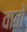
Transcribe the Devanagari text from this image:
वातों